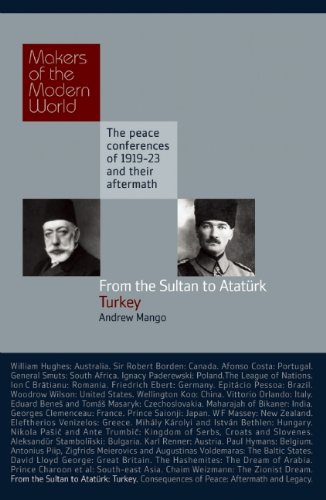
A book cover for From the Sultan to AtatÃ¼rk: Turkey- The Peace Conferences of 1919-23 and Their Aftermath; Andrew Mango; History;